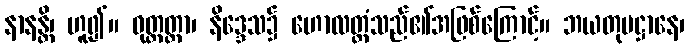
နာနန္တိ၊ ဟူ၍။ ဝုတ္တတ္တာ၊ နိဒ္ဒေသ၌ ဟောလတ္တံသည်၏အဖြစ်ကြောင့်။ ဘယတုပဋ္ဌာနေ၊